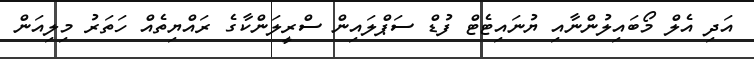
އަދި އެލް މޯބައިލުންނާއި ޔުނައިޓެޓް ފުޑް ސަޕްލައިން ސްރީލަންކާގެ ރައްޔިތެއް ހަތަރު މިލިއަން